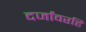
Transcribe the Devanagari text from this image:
दर्जांवरहि